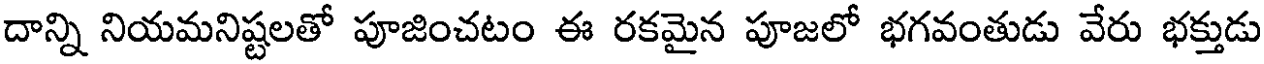
దాన్ని నియమనిష్టలతో పూజించటం ఈ రకమైన పూజలో భగవంతుడు వేరు భక్తుడు